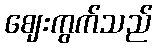
ဈေးကွက်သည်